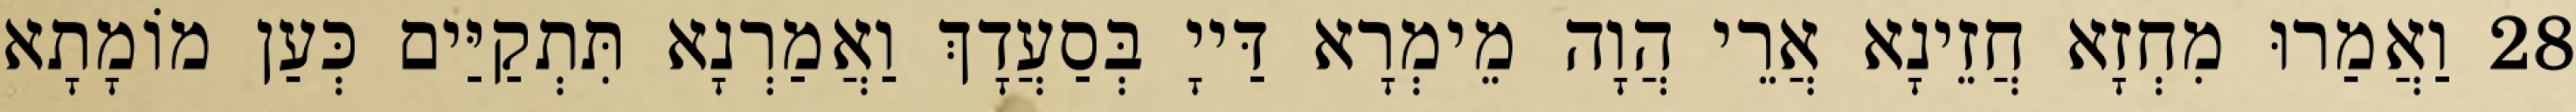
28 וַאֲמַרוּ מִחְזָא חֲזֵינָא אֲרֵי הֲוָה מֵימְרָא דַּייָ בְּסַעֲדָךְ וַאֲמַרְנָא תִּתְקַיַּים כְּעַן מוֹמָתָא